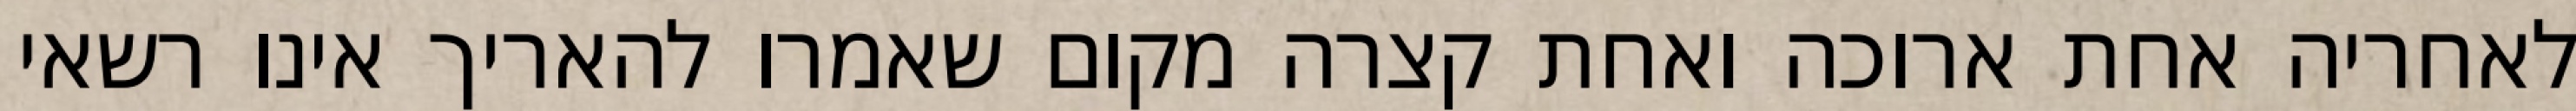
לאחריה אחת ארוכה ואחת קצרה מקום שאמרו להאריך אינו רשאי